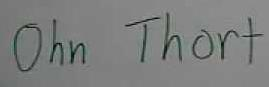
Ohn Thort